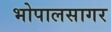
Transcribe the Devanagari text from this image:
भोपालसागर